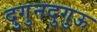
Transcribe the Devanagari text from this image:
दुगुनदुगुऊ